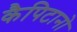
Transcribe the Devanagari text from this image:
कैपिटानो